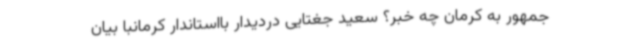
جمهور به کرمان چه خبر؟ سعید جغتایی دردیدار بااستاندار کرمانبا بیان